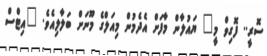
ސޮރީ.. ފޮގިވް މީ" ޔައުލާން މާފަށް އެދެމުން މިއަލްގެ މޫނަށް ބަލާލިއެވެ. "އިޓްސް